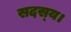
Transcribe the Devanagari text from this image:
सदस्‍य।